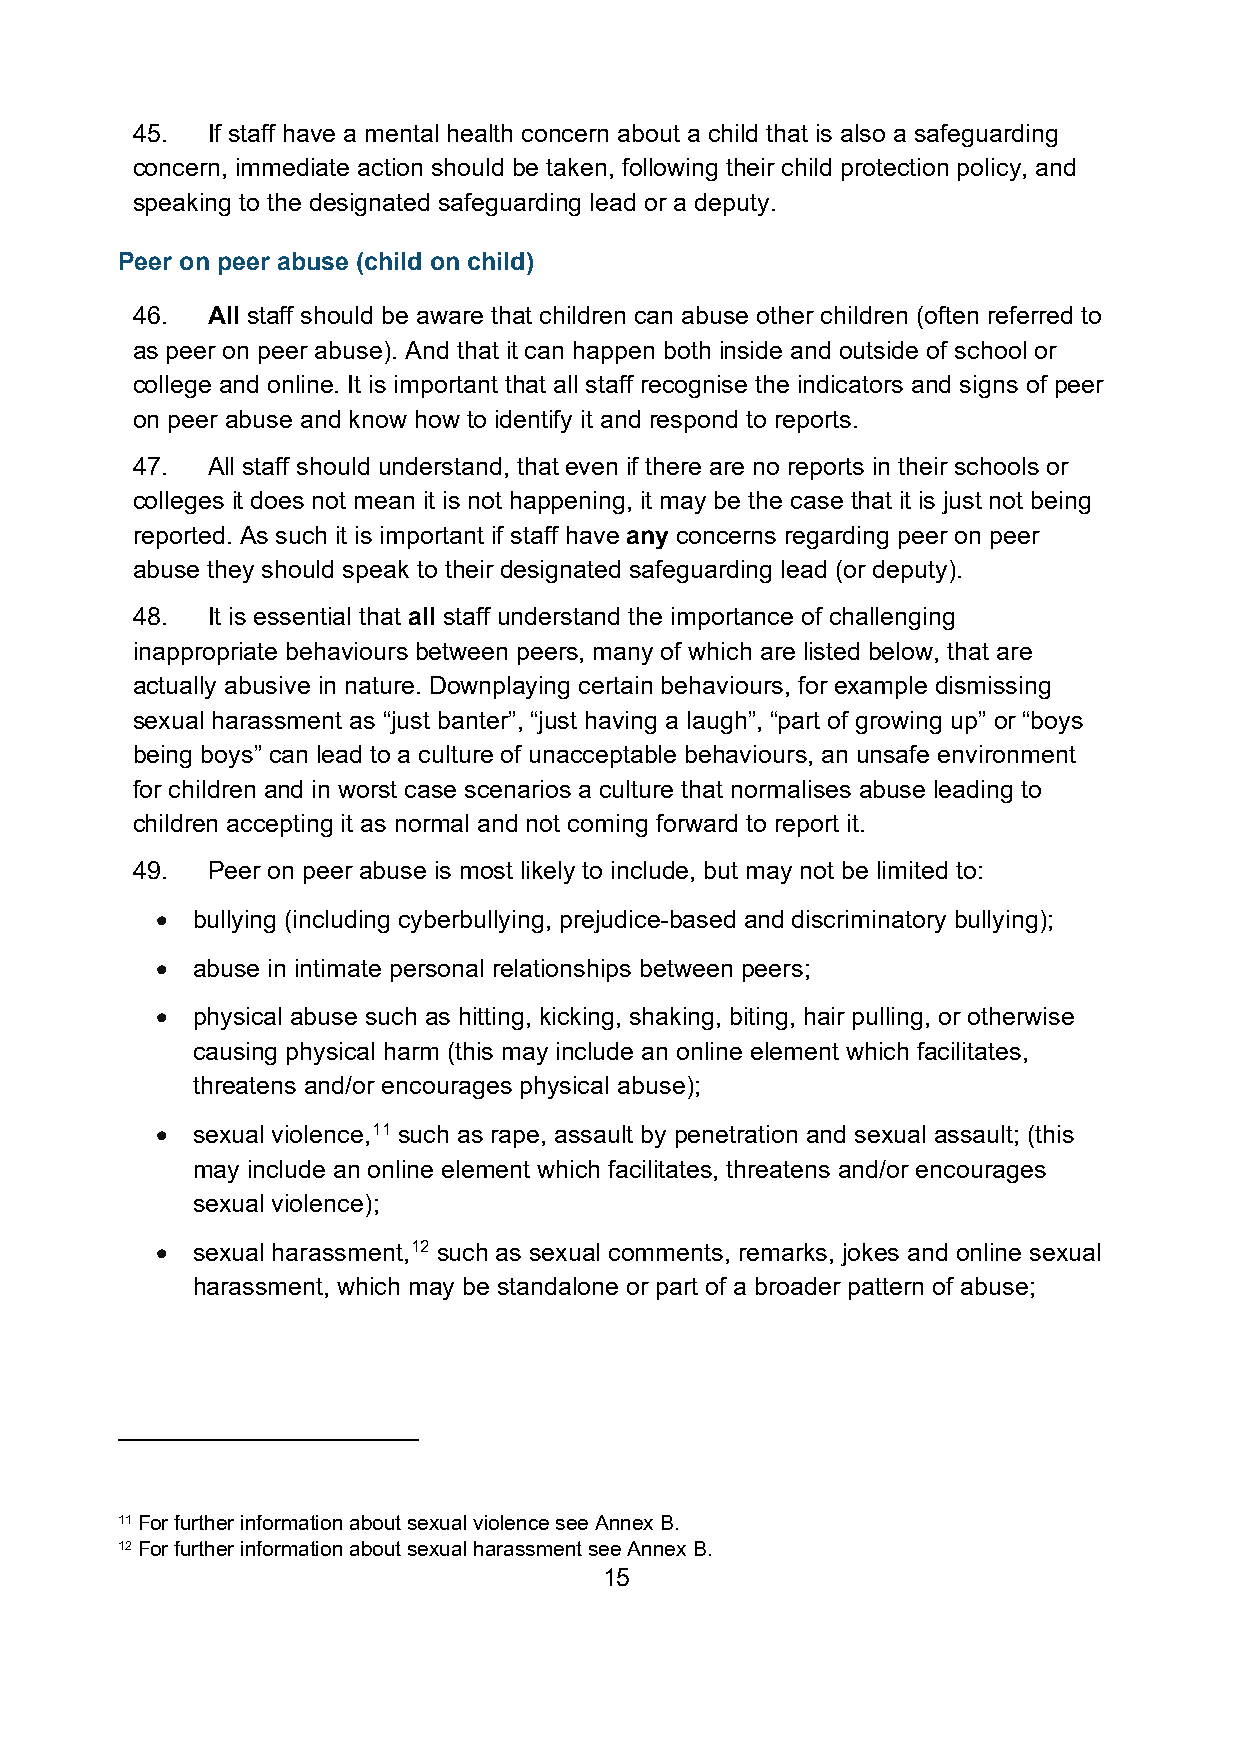
45.  If staff have a mental health concern about a child that is also a safeguarding
 concern, immediate action should be taken, following their child protection policy, and
 speaking to the designated safeguarding lead or a deputy.
 Peer on peer abuse (child on child)
 46.  All staff should be aware that children can abuse other children (often referred to
 as peer on peer abuse). And that it can happen both inside and outside of school or
 college and online. It is important that all staff recognise the indicators and signs of peer
 on peer abuse and know how to identify it and respond to reports.
 47.  All staff should understand, that even if there are no reports in their schools or
 colleges it does not mean it is not happening, it may be the case that it is just not being
 reported. As such it is important if staff have any concerns regarding peer on peer
 abuse they should speak to their designated safeguarding lead (or deputy).
 48.  It is essential that all staff understand the importance of challenging
 inappropriate behaviours between peers, many of which are listed below, that are
 actually abusive in nature. Downplaying certain behaviours, for example dismissing
 sexual harassment as “just banter”, “just having a laugh”, “part of growing up” or “boys
 being boys” can lead to a culture of unacceptable behaviours, an unsafe environment
 for children and in worst case scenarios a culture that normalises abuse leading to
 children accepting it as normal and not coming forward to report it.
 49.  Peer on peer abuse is most likely to include, but may not be limited to:
 •  bullying (including cyberbullying, prejudice-based and discriminatory bullying);
 •  abuse in intimate personal relationships between peers;
 •  physical abuse such as hitting, kicking, shaking, biting, hair pulling, or otherwise
 causing physical harm (this may include an online element which facilitates,
 threatens and/or encourages physical abuse);
 •  sexual violence,11 such as rape, assault by penetration and sexual assault; (this
 may include an online element which facilitates, threatens and/or encourages
 sexual violence);
 •  sexual harassment,12 such as sexual comments, remarks, jokes and online sexual
 harassment, which may be standalone or part of a broader pattern of abuse;
 11 For further information about sexual violence see Annex B.
 12 For further information about sexual harassment see Annex B.
 15